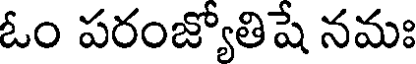
ఓం పరంజ్యోతిషే నమః